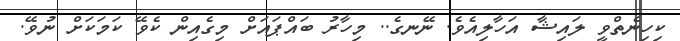
ކިހިނެތްވީ ލައިޝާ އަހާލިއެވެ. ނޭނގެ.. މިހާރު ބައްޕައަށް މިގެއިން ކެވޭ ކަމަކަށް ނުވޭ.